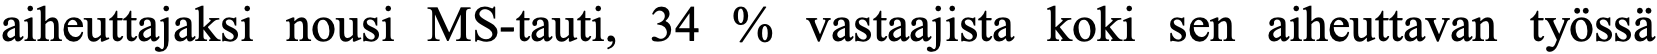
aiheuttajaksi nousi MS-tauti, 34 % vastaajista koki sen aiheuttavan työssä